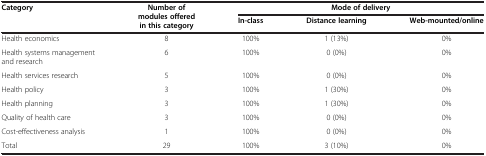
| <ROWSPAN=2> Category | <ROWSPAN=2> Number of modules offered in this category | <COLSPAN=3> Mode of delivery |
 | In-class | Distance learning | Web-mounted/online |
 | --- | --- | --- | --- | --- |
 | Health economics | 8 | 100% | 1 (13%) | 0% |
 | Health systems management and research | 6 | 100% | 0 (0%) | 0% |
 | Health services research | 5 | 100% | 0 (0%) | 0% |
 | Health policy | 3 | 100% | 1 (30%) | 0% |
 | Health planning | 3 | 100% | 1 (30%) | 0% |
 | Quality of health care | 3 | 100% | 0 (0%) | 0% |
 | Cost-effectiveness analysis | 1 | 100% | 0 (0%) | 0% |
 | Total | 29 | 100% | 3 (10%) | 0% |